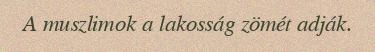
A muszlimok a lakosság zömét adják.